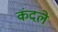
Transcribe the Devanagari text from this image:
कंदले